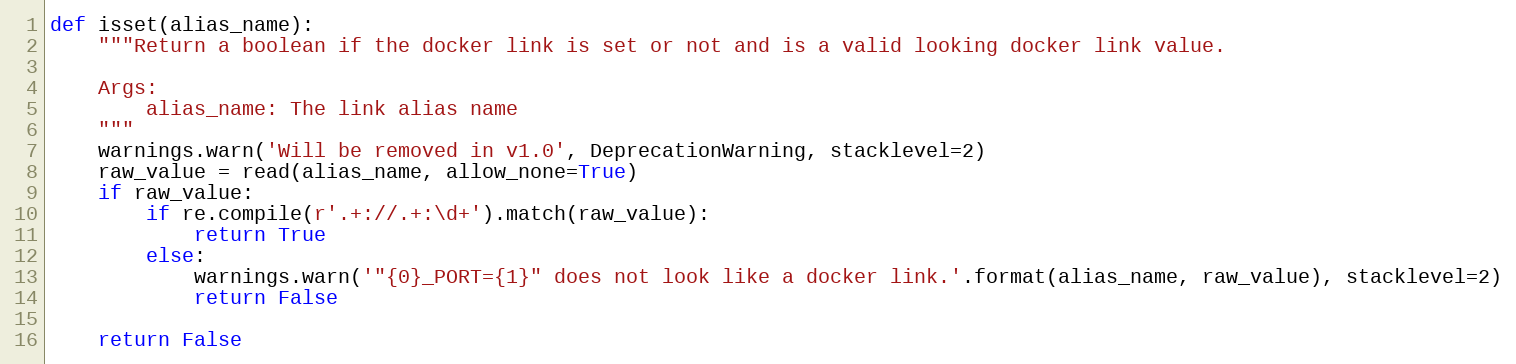
Language: Python
def isset(alias_name):
    """Return a boolean if the docker link is set or not and is a valid looking docker link value.

    Args:
        alias_name: The link alias name
    """
    warnings.warn('Will be removed in v1.0', DeprecationWarning, stacklevel=2)
    raw_value = read(alias_name, allow_none=True)
    if raw_value:
        if re.compile(r'.+://.+:\d+').match(raw_value):
            return True
        else:
            warnings.warn('"{0}_PORT={1}" does not look like a docker link.'.format(alias_name, raw_value), stacklevel=2)
            return False

    return False